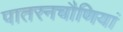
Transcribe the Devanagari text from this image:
पातरनचौणियां